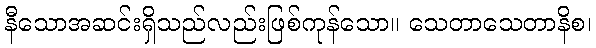
နီသောအဆင်းရှိသည်လည်းဖြစ်ကုန်သော။ သေတာသေတာနိစ၊